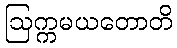
ဩက္ကမယတောတိ